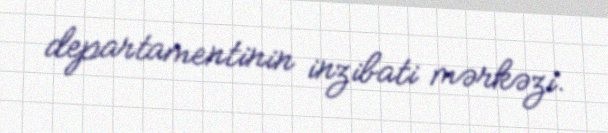
departamentinin inzibati mərkəzi.